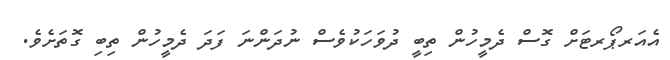
އެއަރޕޯރޓަށް ގޮސް ދެމީހުން ތިބީ ދުވަހަކުވެސް ނުދަންނަ ފަދަ ދެމީހުން ތިބި ގޮތަށެވެ.